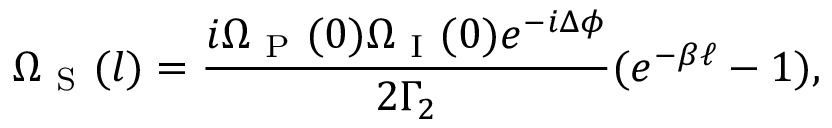
\Omega _ { \mathrm { ~ S ~ } } ( { l } ) = \frac { i \Omega _ { \mathrm { ~ P ~ } } ( 0 ) \Omega _ { \mathrm { ~ I ~ } } ( 0 ) e ^ { - i \Delta \phi } } { 2 \Gamma _ { 2 } } ( e ^ { - \beta \ell } - 1 ) ,